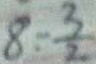
8 = \frac { 3 } { 2 }